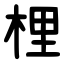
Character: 梩